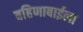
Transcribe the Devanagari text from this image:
बहिणाबाईला